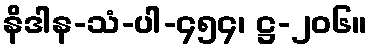
နိဒါန-သံ-ပါ-၄၅၄၊ ဋ္ဌ-၂၀၆။